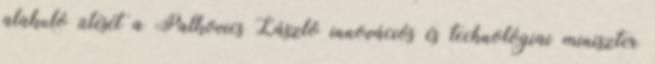
alakuló ülését a Palkovics László innovációs és technológiai miniszter